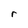
Character: r